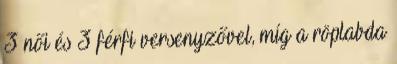
3 női és 3 férfi versenyzővel, míg a röplabda